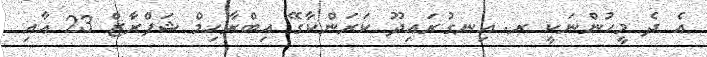
އެ ދެ މީހުންނަކީ ރ. އިނގުރައިދޫ ކަރަންކާގޭ އިބްރާހިމް ޝަފްރާޒް 23 އާއި